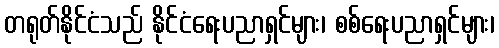
တရုတ်နိုင်ငံသည် နိုင်ငံရေးပညာရှင်များ၊ စစ်ရေးပညာရှင်များ၊